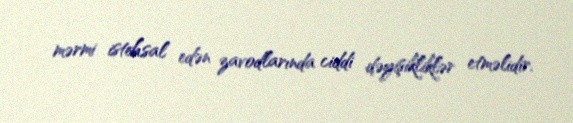
mərmi istehsal edən zavodlarında ciddi dəyişikliklər etməlidir.